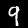
Digit: 9